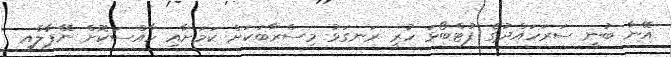
އޭނާ ބުނީ ސަރަހައްދުގެ ފުޓްބޯޅަ ހުރީ ރަނގަޅު މިސްރާބަކަށް ކަމަށާއި ހާއްސަކޮށް ނޭޕާލާއި